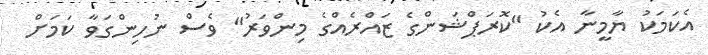
އެކަމަކު ޔާމީނާ އެކު "ކޮރަޕްޝަންގެ ޒައްރެއްގެ މިންވަރު" ވެސް ނުހިންގަވާ ކަމަށް